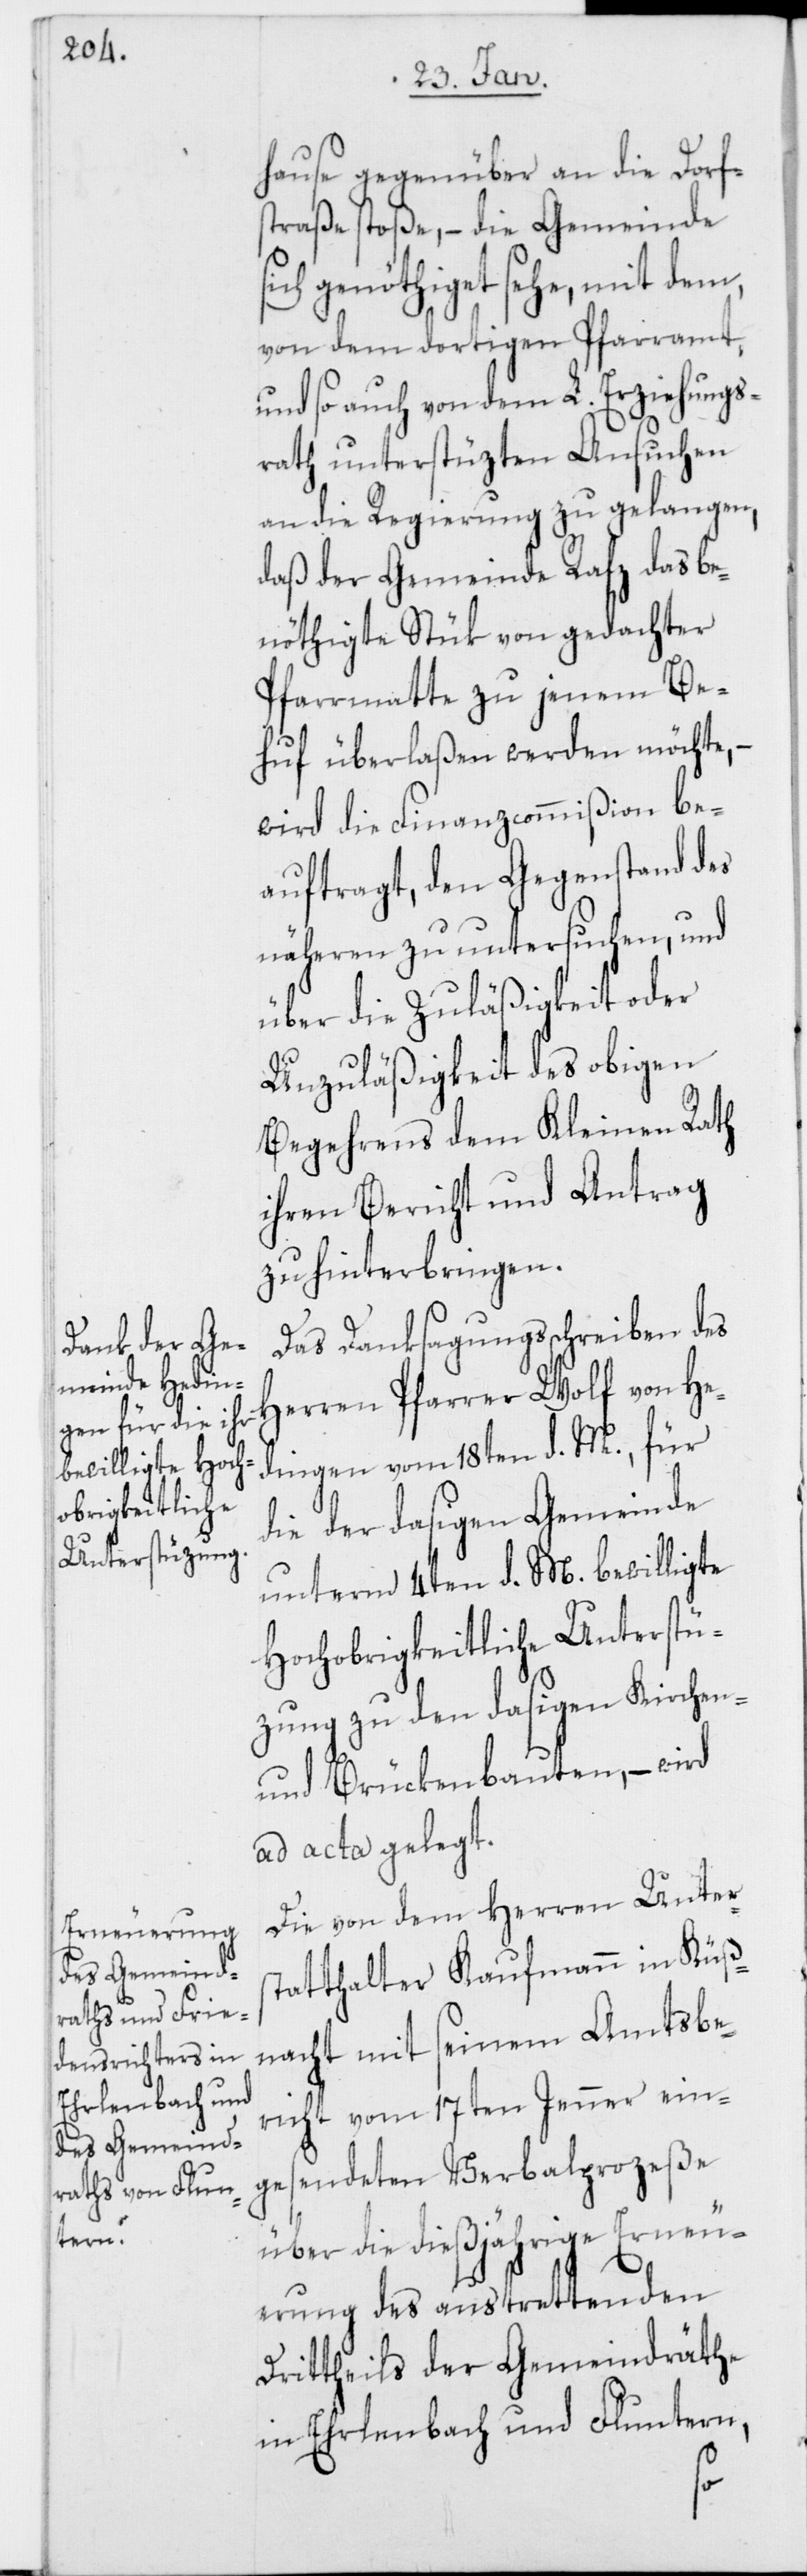
hause gegenüber an die Dorfs¬
traße stoße, – die Gemeinde
sich genöthiget sehe, mit dem,
von dem dortigen Pfarramt,
und so auch von dem L. Erziehungs¬
rath unterstüzten Ansuchen
an die Regierung zu gelangen,
daß der Gemeinde Rafz das be¬
nöthigte Stük von gedachter
Pfarrmatte zu jenem Be¬
huf überlaßen werden möchte, –
wird die Finanzcommißion be¬
auftragt, den Gegenstand des
näheren zu untersuchen, und
über die Zuläßigkeit oder
Unzuläßigkeit des obigen
Begehrens dem Kleinen Rath
ihren Bericht und Antrag
zu hinterbringen.
Das Danksagungsschreiben des
Herren Pfarrer Wolf von He¬
dingen vom 18ten d. M., für
die der dasigen Gemeinde
unterm 4ten d. M. bewilligte
Hochobrigkeitliche Unterstü¬
zung zu den dasigen Kirchen-
und Brückenbauten, – wird
ad acta gelegt.
Die von dem Herren Unters¬
tatthalter Kaufmann in Küß¬
nacht mit seinem Amtsbe¬
richt vom 17ten Jenner ein¬
gesendeten Verbalprozeße
über die dießjährige Erneu¬
rung des austrettenden
Drittheils der Gemeindräthe
in Erlenbach und Fluntern,